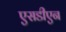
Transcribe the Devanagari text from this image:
एसडीएन